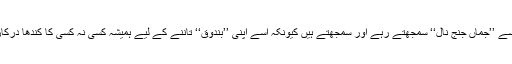
ہم ہمیشہ اُسے ’’جماں جنج نال‘‘ سمجھتے رہے اور سمجھتے ہیں کیونکہ اُسے اپنی ’’بندوق‘‘ تاننے کے لیے ہمیشہ کسی نہ کسی کا کندھا درکار ہوتا ہے۔